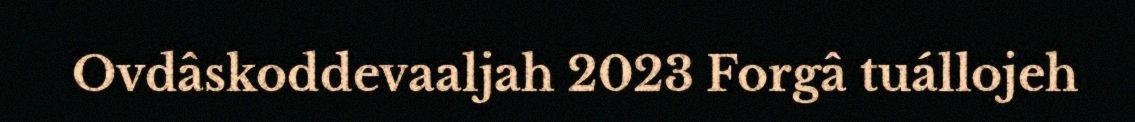
Ovdâskoddevaaljah 2023 Forgâ tuállojeh